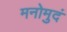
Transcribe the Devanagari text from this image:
मनोमुदं